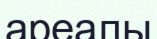
ареалы